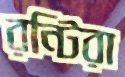
রন্টিরা